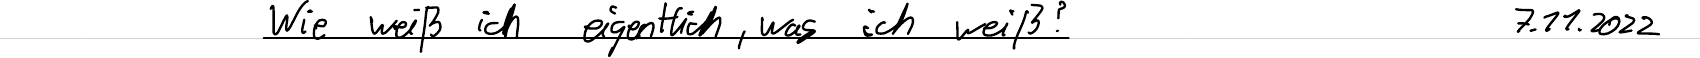
Wie weiß ich eigentlich, was ich weiß?   7.11.2022